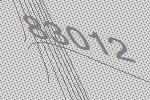
83012